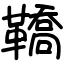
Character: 鞽